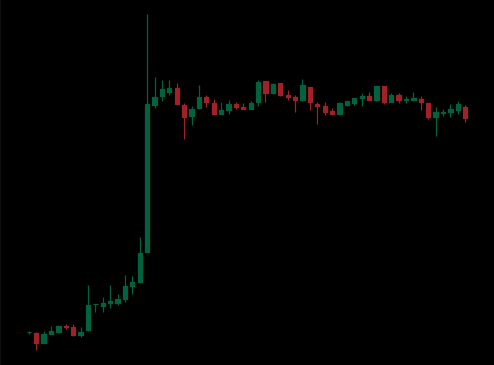
Pattern: unclassified